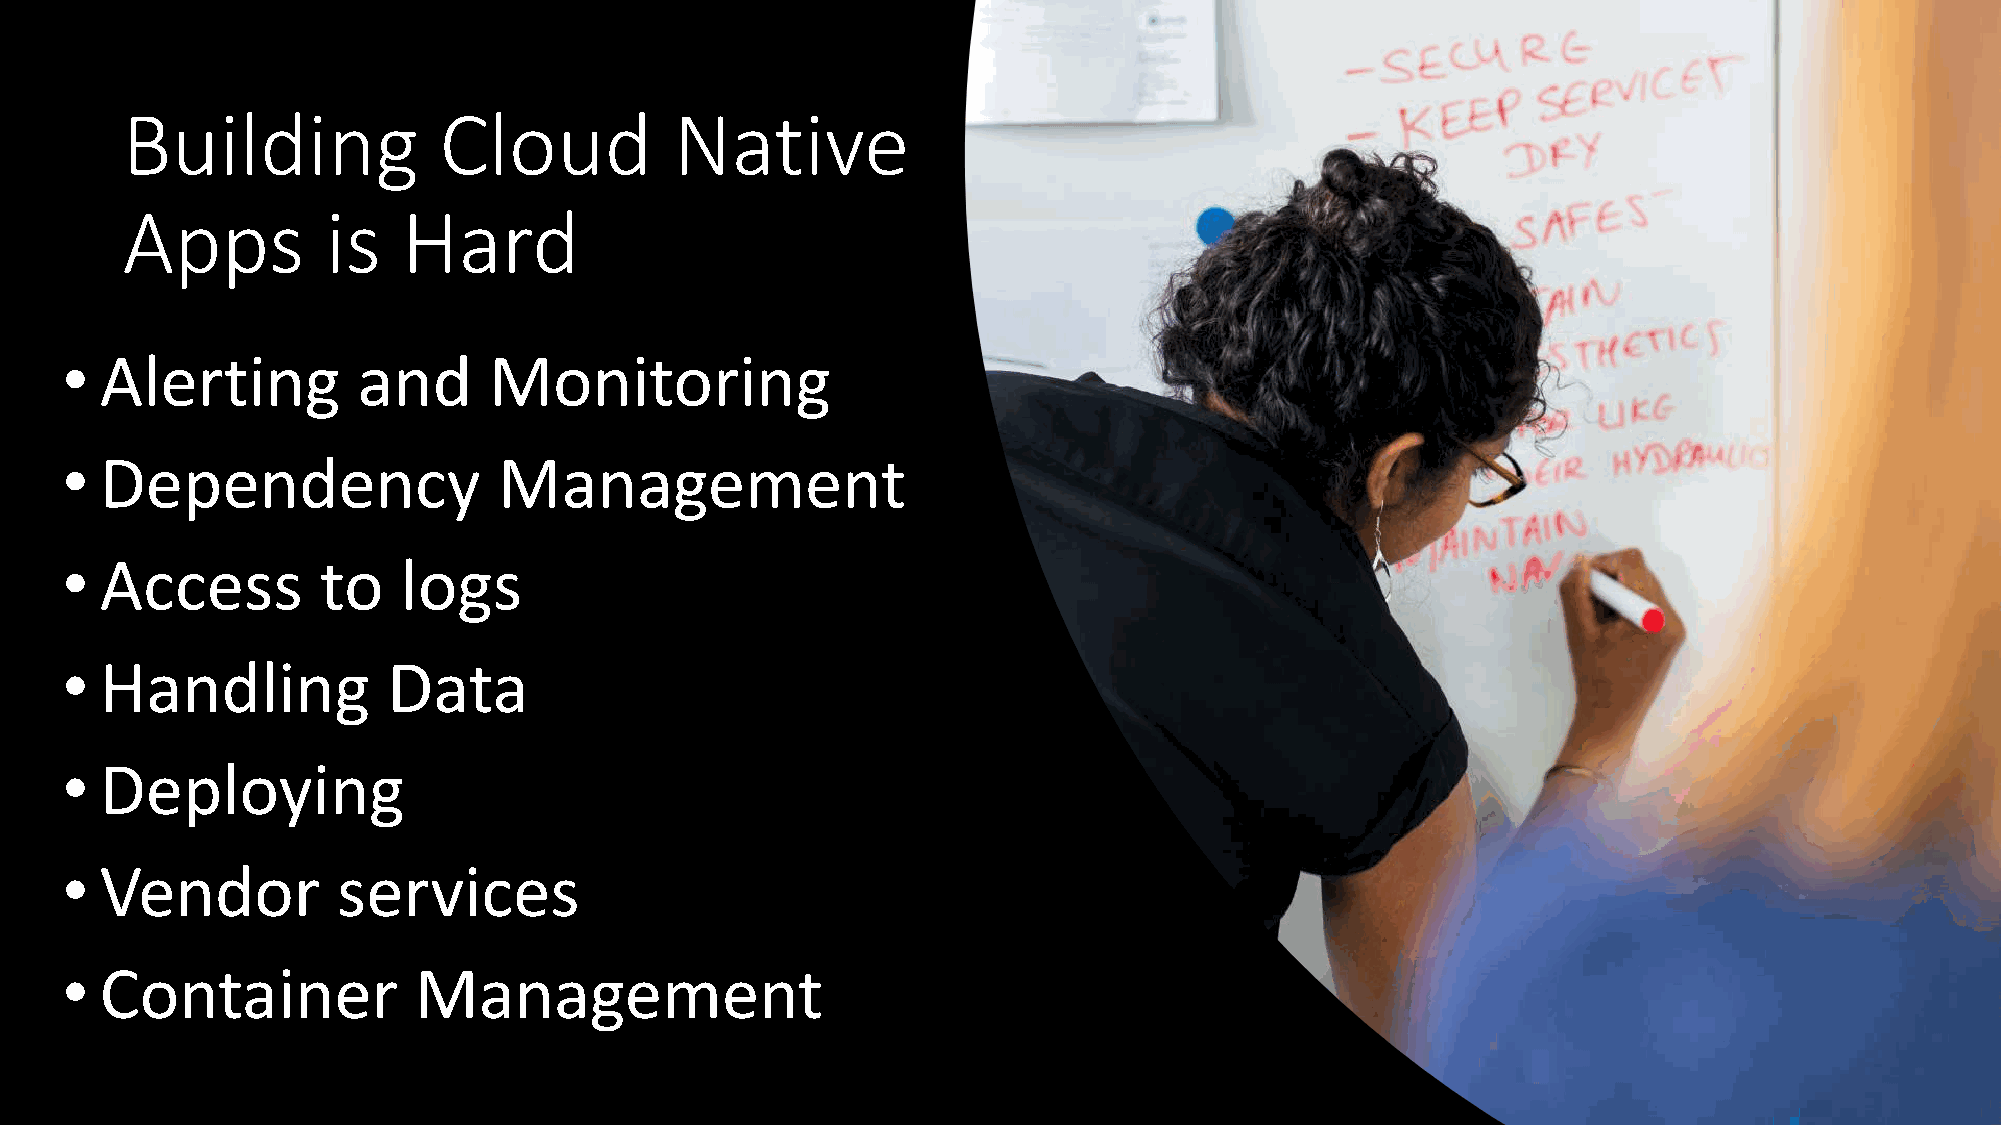
Building             Cloud           Native
 Apps          is   Hard
 •  Alerting         and     Monitoring
 •  Dependency                Management
 •  Access        to    logs
 •  Handling           Data
 •  Deploying
 •  Vendor         services
 •  Container           Management